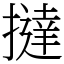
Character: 撻